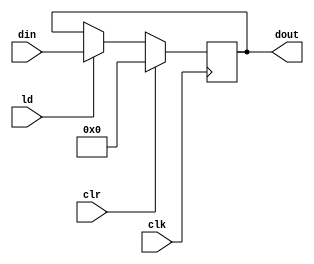
module PIP02(dout,din,ld,clr,clk);
input [15:0]din;
input ld,clr,clk;
output reg [15:0] dout;
always @(posedge clk)
if(clr) dout<=16'b0;
else if(ld) dout<=din;
endmodule